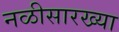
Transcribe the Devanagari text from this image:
नळीसारख्या